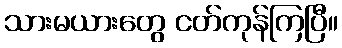
သားမယားတွေ ငတ်ကုန်ကြပြီ။